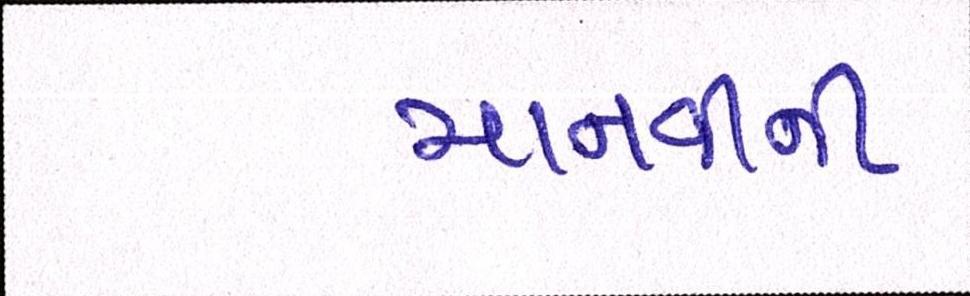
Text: માનવીની